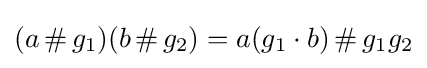
(a\mathop {\#} g_{1})(b\mathop {\#} g_{2})=a(g_{1}\cdot b)\mathop {\#} g_{1}g_{2}